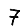
Digit: 7